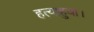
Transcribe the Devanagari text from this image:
हत्याहुवा।